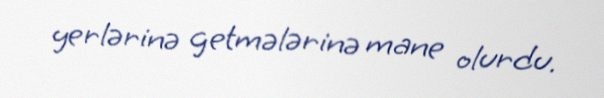
yerlərinə getmələrinə mane olurdu.